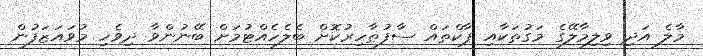
މާލެ އަދި ވިލިމާލޭގެ މަގުތަކާއި ޕާކްތައް ސާފުޠާހިރުކޮށް ބެލެހެއްޓުމަށް ބޭނުންވާ ދިވެހި މުވައަޒަފުން